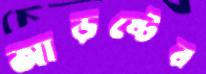
আড়ষ্টের